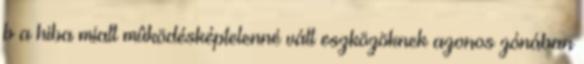
b a hiba miatt mûködésképtelenné vált eszközöknek azonos zónában